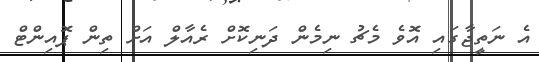
އެ ނަތީޖާގައި އޮވެ މެޗު ނިމެން ދަނިކޮށް ރެއާލް އަށް ތިން ޕޮއިންޓް